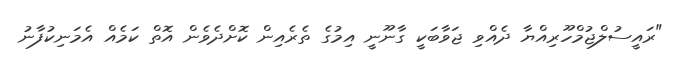
"ރައީސުލްޖުމްހޫރިއްޔާ ދެއްވި ޖަވާބަކީ ގާނޫނީ އިމުގެ ތެރެއިން ކޮށްދެވެން އޮތް ކަމެއް އެމަނިކުފާނު